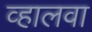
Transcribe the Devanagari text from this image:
व्हालवा